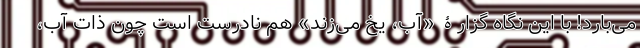
می‌بارد! با این نگاه گزارۀ «آب، یخ می‌زند» هم نادرست است چون ذات آب،